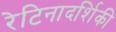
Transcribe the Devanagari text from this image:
रेटिनादर्शिकी